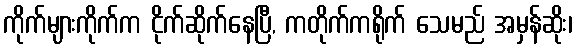
ကိုက်များကိုက်က ငိုက်ဆိုက်နေပြီ, ကတိုက်ကရိုက် သေမည် အမှန်ဆိုး၊